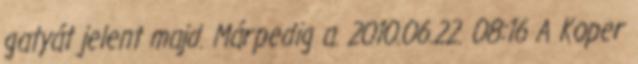
gatyát jelent majd. Márpedig a. 2010.06.22. 08:16 A Koper